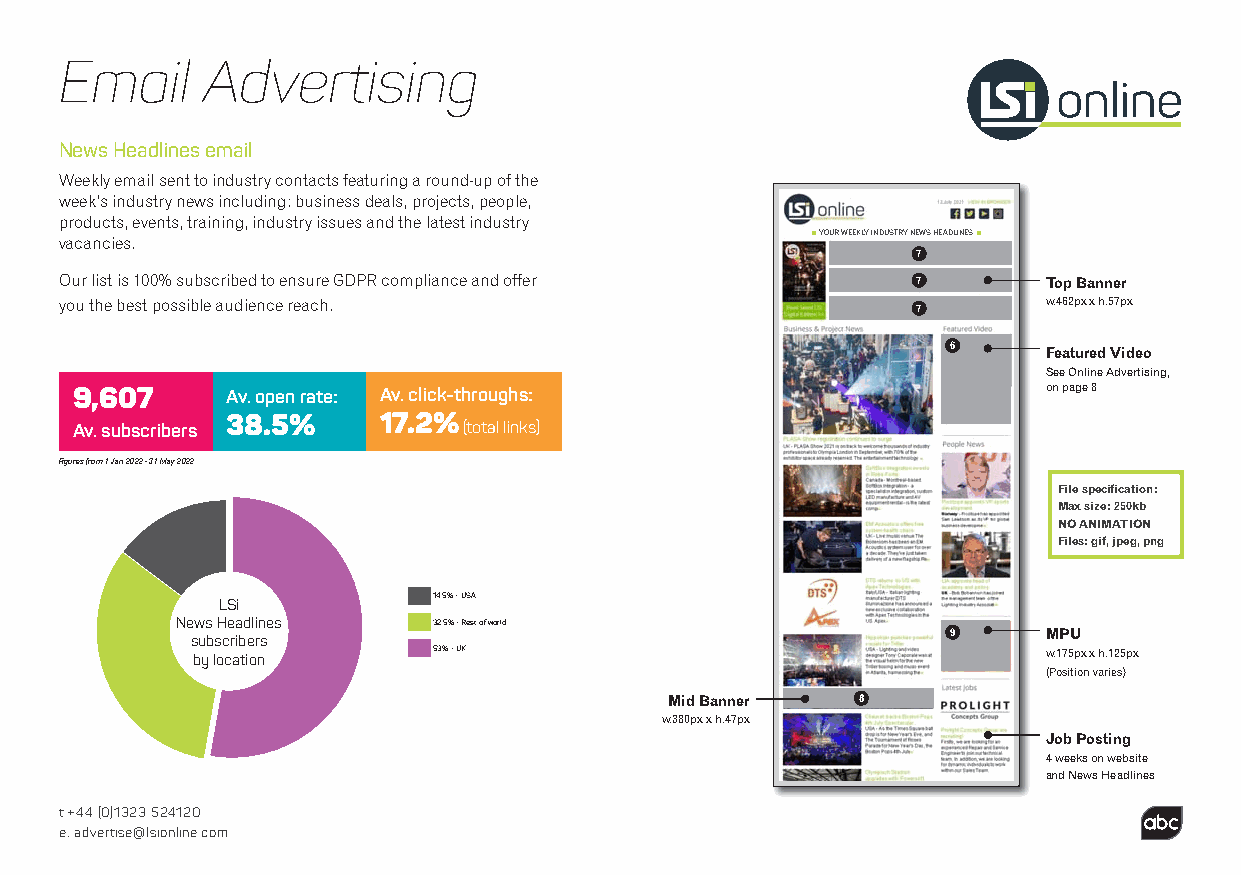
Email    Advertising
 News Headlines email
 Weekly email sent to industry contacts featuring a round-up of the
 week’s industry news including: business deals, projects, people,
 products, events, training, industry issues and the latest industry
 YOUR WEEKLY INDUSTRY NEWS HEADLINES
 vacancies.
 7
 Our list is 100% subscribed to ensure GDPR compliance and offer 7 Top Banner
 you the best possible audience reach.                    7       w.462px x h.57px
 6     Featured Video
 See Online Advertising,
 9,607     Av. open rate: Av. click-throughs:                    on page 8
 38.5%     17.2%
 Av. subscribers           (total links)
 Figures from 1 Jan 2022 - 31 May 2022
 File specification:
 Max size: 250kb
 NO ANIMATION
 Files: gif, jpeg, png
 LSi            14.5% - USA
 News Headlines   32.5% - Rest of world
 subscribers
 9     MPU
 by location     53% - UK                                w.175px x h.125px
 (Position varies)
 Mid Banner   8
 w.380px x h.47px
 Job Posting
 4 weeks on website
 and News Headlines
 t +44 (0)1323 524120
 e: advertise@lsionline.com